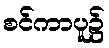
စင်ကာပူ၌